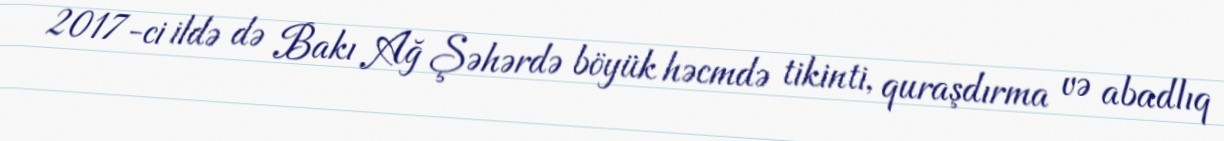
2017-ci ildə də Bakı Ağ Şəhərdə böyük həcmdə tikinti, quraşdırma və abadlıq